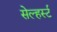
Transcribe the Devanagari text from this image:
सेल्हर्स्ट